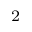
^ 2